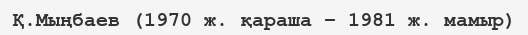
Қ.Мыңбаев (1970 ж. қараша – 1981 ж. мамыр)